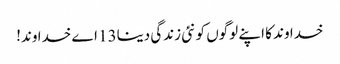
خدا وند کا اپنے لوگوں کو نئی زندگی دینا13 اے خدا وند!